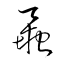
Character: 蝨